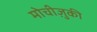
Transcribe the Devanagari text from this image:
मोचीज़ुकी